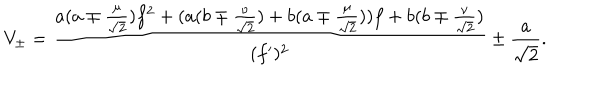
V _ { \pm } = \frac { a ( a \mp \frac { \mu } { \sqrt { 2 } } ) f ^ { 2 } + ( a ( b \mp \frac { \nu } { \sqrt { 2 } } ) + b ( a \mp \frac { \mu } { \sqrt { 2 } } ) ) f + b ( b \mp \frac { \nu } { \sqrt { 2 } } ) } { ( f ^ { \prime } ) ^ { 2 } } \pm \frac { a } { \sqrt { 2 } } .